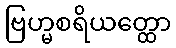
ဗြဟ္မစရိယတ္ထော